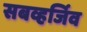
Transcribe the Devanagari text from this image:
सबव्हर्जिव